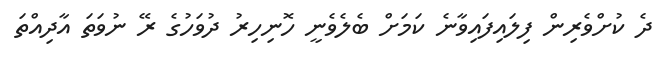
ދެ ކުށްވެރިން ފިލައިފައިވާނެ ކަމަށް ބެލެވެނީ ހޮނިހިރު ދުވަހުގެ ރޭ ނުވަތަ އާދިއްތަ